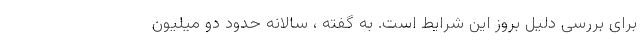
برای بررسی دلیل بروز این شرایط است. به گفته ، سالانه حدود دو میلیون